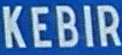
KEBIR